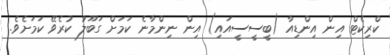
ކްރިކެޓް އިން އިންޑިއާ (ބީސީސީއައި) އިން ނިންމާނެ ކަމަށް ގަބޫލު ކުރެވޭ ކަމަށެވެ.